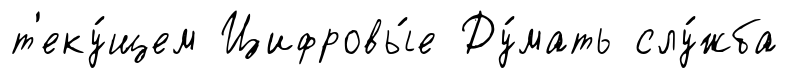
т'еку́щем Цифровы́е Ду́мать слу́жба